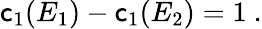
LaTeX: \mathsf{c}_{1}(E_{1})-\mathsf{c}_{1}(E_{2})=1\ .